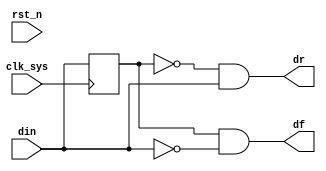
//edge_det.v

module edge_det(
din,
dr,
df,
//clk rst
clk_sys,
rst_n
);
input din;
output dr;
output df;
//clk rst
input clk_sys;
input rst_n;
//----------------------------------------

reg dreg;
always @(posedge clk_sys)	
	dreg <= din;
wire dr = (~dreg) & din;
wire df = dreg & (~din);

endmodule